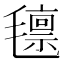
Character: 𭯨